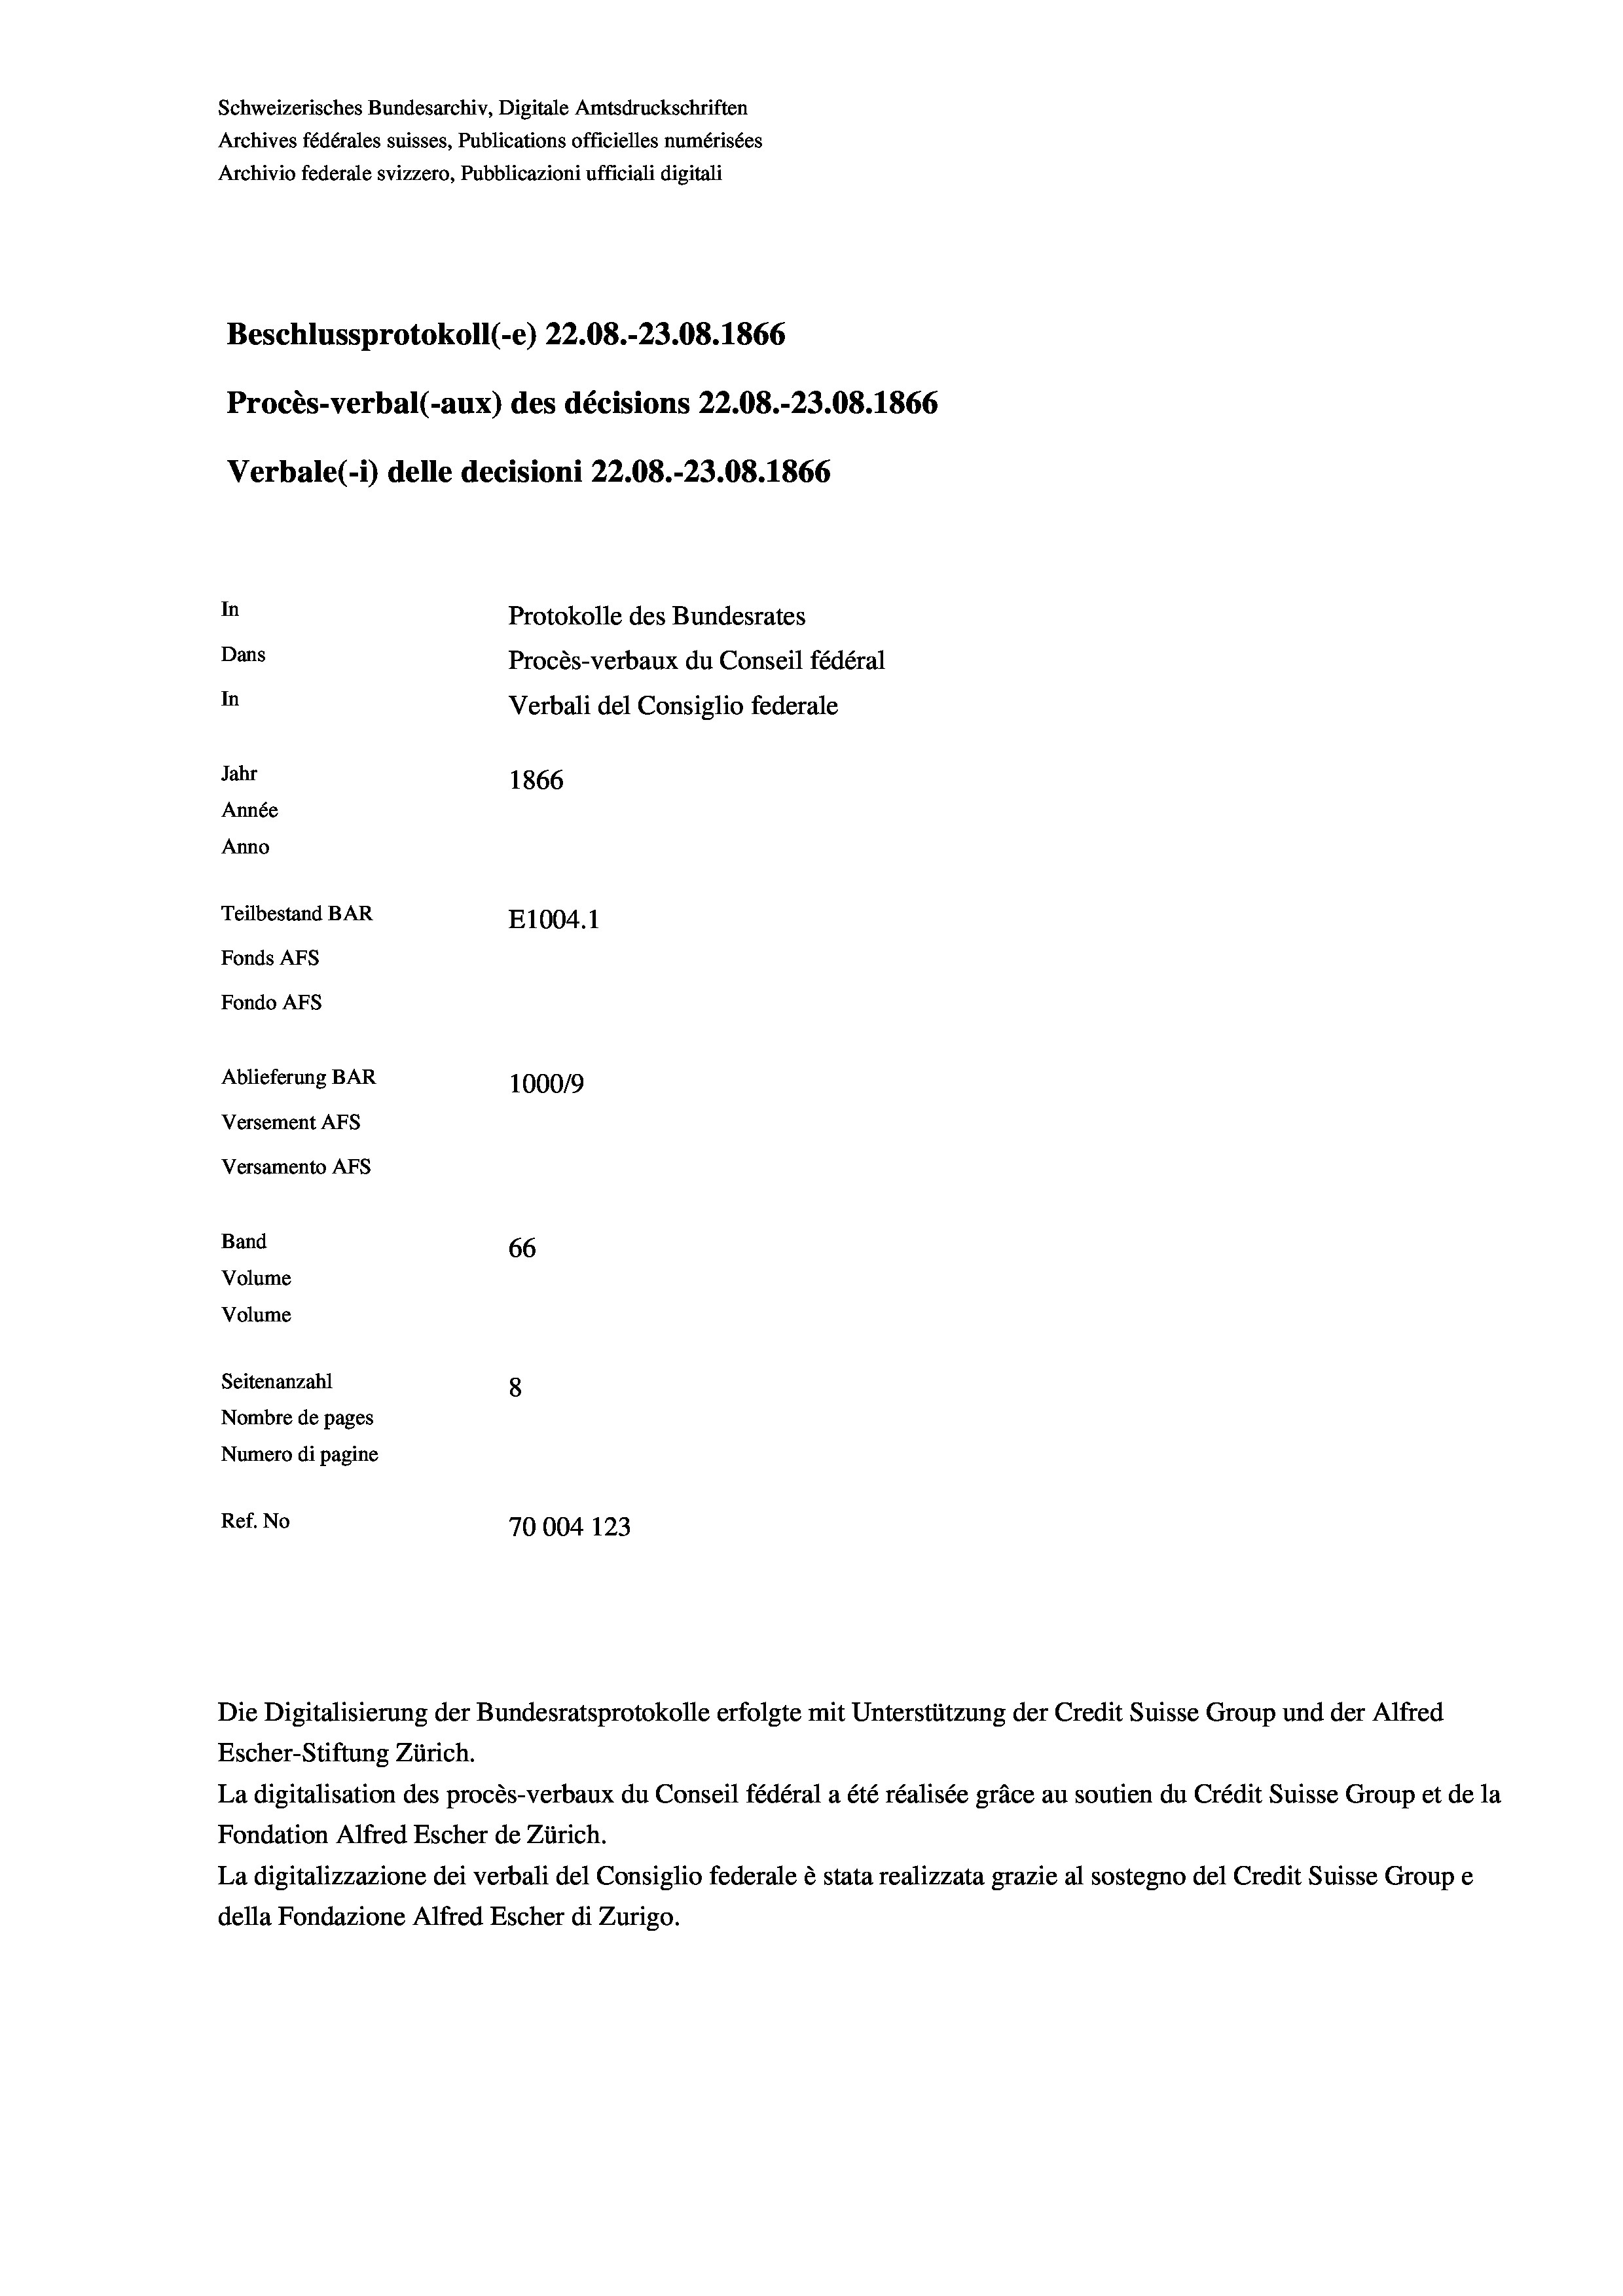
Schweizerisches Bundesarchiv, Digitale Amtsdruckschriften
Archives fédérales suisses, Publications officielles numérisées
Archivio federale svizzero, Pubblicazioni ufficiali digitali
Beschlussprotokoll (-e) 22.08.-23.08. 1866
Procès-verbal (-aux) des décisions 22.08.-23.08. 1866
In
Protokolle des Bundesrates
Dans
Procès-verbaux du Conseil fédéral
In
Verbali del Consiglio federale
Jahr
1866
Année
Anno
Teilbestand BAR
E1004.1
Fonds AFs
Fondo AFS

Ablieferung BAR
Versement AFs
Versamento AFs
Band
Volume
Volume

Verbale (- 1) delle decisioni 22.08.-23.08. 1866

66
Seitenanzahl
8
Nombre de pages
Numero di pagine
Ref. No
70004 123

100019

Escher-Stiftung Zürich.
La digitalisation des procès-verbaux du Conseil fédéral a été réalisée gräce au soutien du Crédit Suisse Group et de la
Fondation Alfred Escher de Zürich.
La digitalizzazione dei verbali del Consiglio federale è stata realizzata grazie al sostegno del Credit Suisse Groupe
della Fondazione Alfred Escher di Zurigo.

Die Digitalisierung der Bundesratsprotokolle erfolgte mit Unterstützung der Credit Suisse Group und der Alfred